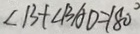
\angle B + \angle B A D = 1 8 0 ^ { \circ }